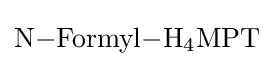
{\ce {N-Formyl-H4MPT}}